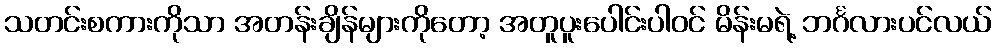
သတင်းစကားကိုသာ အတန်းချိန်များကိုတော့ အတူပူးပေါင်းပါဝင် မိန်းမရဲ့ ဘင်္ဂလားပင်လယ်